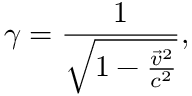
\gamma = \frac { 1 } { \sqrt { 1 - \frac { \Vec { v } ^ { 2 } } { c ^ { 2 } } } } ,